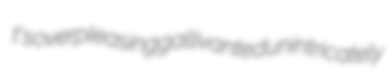
t's overpleasing gallivanted unintricately